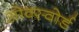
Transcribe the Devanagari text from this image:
ओक्स्वोर्ड